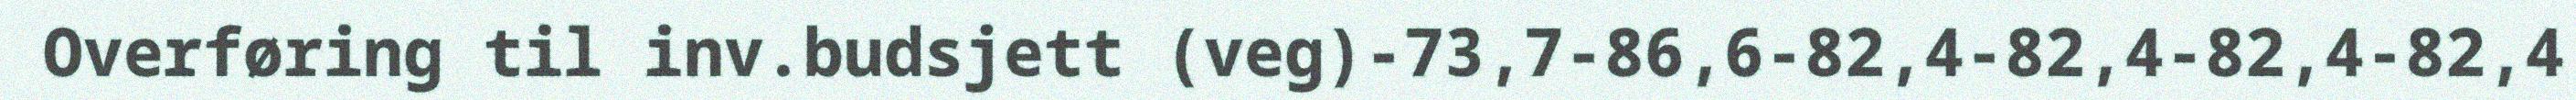
Overføring til inv.budsjett (veg)-73,7-86,6-82,4-82,4-82,4-82,4